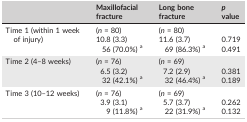
|  | Maxillofacial fracture | Long bone fracture | p value |
 | --- | --- | --- | --- |
 | <ROWSPAN=3> Time 1 (within 1 week of injury) | (n = 80) | (n = 80) |  |
 | 10.8 (3.3) | 11.6 (3.7) | 0.719 |
 | 56 (70.0%) a | 69 (86.3%) a | 0.491 |
 | <ROWSPAN=3> Time 2 (4–8 weeks) | (n = 76) | (n = 69) |  |
 | 6.5 (3.2) | 7.2 (2.9) | 0.381 |
 | 32 (42.1%) a | 32 (46.4%) a | 0.189 |
 | <ROWSPAN=3> Time 3 (10–12 weeks) | (n = 76) | (n = 69) |  |
 | 3.9 (3.1) | 5.7 (3.7) | 0.262 |
 | 9 (11.8%) a | 22 (31.9%) a | 0.132 |